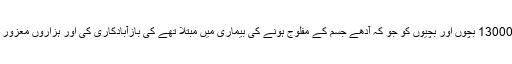
انہوں نےپچھلے 35 سالوں میں 13000 بچوں اور بچیوں کو جو کہ آدھے جسم کے مفلوج ہونے کی بیماری میں مبتلا تھے کی بازآبادکاری کی اور ہزاروں معزور لوگوں تک اپنی خدمات پہنچائیں۔